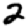
Digit: 2